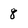
Character: 8